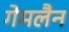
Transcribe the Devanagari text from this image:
गेमलैन